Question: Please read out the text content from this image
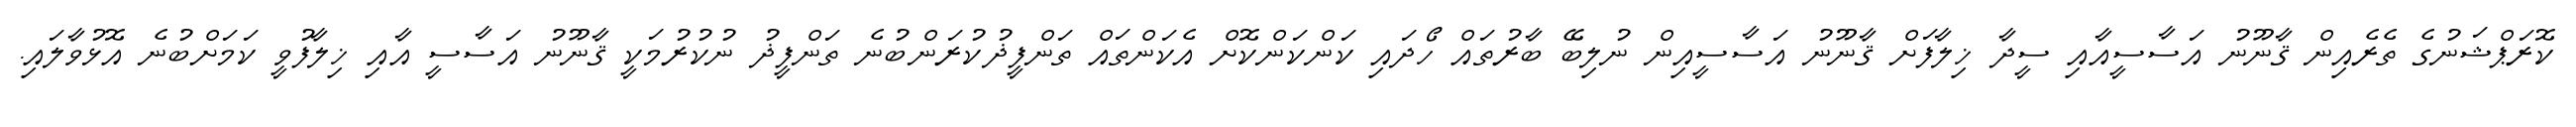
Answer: ކޮރަޕްޝަނުގެ ތެރެއިން ޤާނޫނު އަސާސީއާއި ސީދާ ޚިލާފަށް ޤާނޫނު އަސާސީއިން ނުލިބޭ ބާރުތައް ހޯދައި ކަންކަންކޮށް އެކަންތައް ތަންފީޛުކުރަންބުނެ ތަންފީޛު ނުކުރުމަކީ ޤާނޫނު އަސާސީ އާއި ޚިލާފުވީ ކަމަށްބުނެ އޮޅުވާލައި.